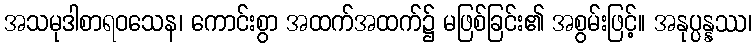
အသမုဒါစာရဝသေန၊ ကောင်းစွာ အထက်အထက်၌ မဖြစ်ခြင်း၏ အစွမ်းဖြင့်။ အနုပ္ပန္နဿ၊